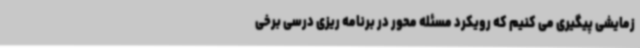
زمایشی پیگیری می کنیم که رویکرد مسئله محور در برنامه ریزی درسی برخی